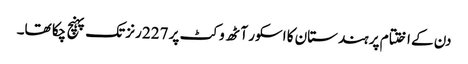
دن کے اختتام پر ہندستان کا اسکور آٹھ وکٹ پر 227 رنز تک پہنچ چکا تھا۔